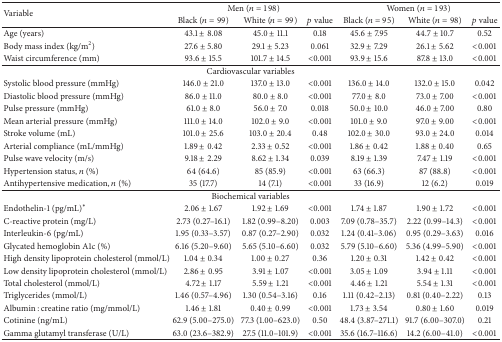
<table><thead><tr><td rowspan="2"><b>Variable</b></td><td colspan="3"><b>Men (<i>n</i> = 198)</b></td><td colspan="3"><b>Women (<i>n</i> = 193)</b></td></tr><tr><td><b>Black (<i>n</i> = 99)</b></td><td><b>White (<i>n</i> = 99)</b></td><td><b><i>p</i> value</b></td><td><b>Black (<i>n</i> = 95)</b></td><td><b>White (<i>n</i> = 98)</b></td><td><b><i>p</i> value</b></td></tr></thead><tbody><tr><td>Age (years)</td><td>43.1 ± 8.08</td><td>45.0 ± 11.1</td><td>0.18</td><td>45.6 ± 7.95</td><td>44.7 ± 10.7</td><td>0.52</td></tr><tr><td>Body mass index (kg/m<sup>2</sup>)</td><td>27.6 ± 5.80</td><td>29.1 ± 5.23</td><td>0.061</td><td>32.9 ± 7.29</td><td>26.1 ± 5.62</td><td>&lt;0.001</td></tr><tr><td>Waist circumference (mm)</td><td>93.6 ± 15.5</td><td>101.7 ± 14.5</td><td>&lt;0.001</td><td>93.9 ± 15.6</td><td>87.8 ± 13.0</td><td>&lt;0.001</td></tr><tr><td colspan="7">Cardiovascular variables</td></tr><tr><td>Systolic blood pressure (mmHg)</td><td>146.0 ± 21.0</td><td>137.0 ± 13.0</td><td>&lt;0.001</td><td>136.0 ± 14.0</td><td>132.0 ± 15.0</td><td>0.042</td></tr><tr><td>Diastolic blood pressure (mmHg)</td><td>86.0 ± 11.0</td><td>80.0 ± 8.0</td><td>&lt;0.001</td><td>77.0 ± 8.0</td><td>73.0 ± 7.00</td><td>&lt;0.001</td></tr><tr><td>Pulse pressure (mmHg)</td><td>61.0 ± 8.0</td><td>56.0 ± 7.0</td><td>0.018</td><td>50.0 ± 10.0</td><td>46.0 ± 7.00</td><td>0.80</td></tr><tr><td>Mean arterial pressure (mmHg)</td><td>111.0 ± 14.0</td><td>102.0 ± 9.0</td><td>&lt;0.001</td><td>101.0 ± 9.0</td><td>97.0 ± 9.00</td><td>&lt;0.001</td></tr><tr><td>Stroke volume (mL)</td><td>101.0 ± 25.6</td><td>103.0 ± 20.4</td><td>0.48</td><td>102.0 ± 30.0</td><td>93.0 ± 24.0</td><td>0.014</td></tr><tr><td>Arterial compliance (mL/mmHg)</td><td>1.89 ± 0.42</td><td>2.33 ± 0.52</td><td>&lt;0.001</td><td>1.86 ± 0.42</td><td>1.88 ± 0.40</td><td>0.65</td></tr><tr><td>Pulse wave velocity (m/s)</td><td>9.18 ± 2.29</td><td>8.62 ± 1.34</td><td>0.039</td><td>8.19 ± 1.39</td><td>7.47 ± 1.19</td><td>&lt;0.001</td></tr><tr><td>Hypertension status, <i>n</i> (%)</td><td>64 (64.6)</td><td>85 (85.9)</td><td>&lt;0.001</td><td>63 (66.3)</td><td>87 (88.8)</td><td>&lt;0.001</td></tr><tr><td>Antihypertensive medication, <i>n</i> (%)</td><td>35 (17.7)</td><td>14 (7.1)</td><td>&lt;0.001</td><td>33 (16.9)</td><td>12 (6.2)</td><td>0.019</td></tr><tr><td colspan="7">Biochemical variables</td></tr><tr><td>Endothelin-1 (pg/mL)<sup><i>∗</i></sup></td><td>2.06 ± 1.67</td><td>1.92 ± 1.69</td><td>&lt;0.001</td><td>1.74 ± 1.87</td><td>1.90 ± 1.72</td><td>&lt;0.001</td></tr><tr><td>C-reactive protein (mg/L)</td><td>2.73 (0.27–16.1)</td><td>1.82 (0.99–8.20)</td><td>0.003</td><td>7.09 (0.78–35.7)</td><td>2.22 (0.99–14.3)</td><td>&lt;0.001</td></tr><tr><td>Interleukin-6 (pg/mL)</td><td>1.95 (0.33–3.57)</td><td>0.87 (0.27–2.90)</td><td>0.032</td><td>1.24 (0.41–3.06)</td><td>0.95 (0.29–3.63)</td><td>0.016</td></tr><tr><td>Glycated hemoglobin A1c (%)</td><td>6.16 (5.20–9.60)</td><td>5.65 (5.10–6.60)</td><td>0.032</td><td>5.79 (5.10–6.60)</td><td>5.36 (4.99–5.90)</td><td>&lt;0.001</td></tr><tr><td>High density lipoprotein cholesterol (mmol/L)</td><td>1.04 ± 0.34</td><td>1.00 ± 0.27</td><td>0.36</td><td>1.20 ± 0.31</td><td>1.42 ± 0.42</td><td>&lt;0.001</td></tr><tr><td>Low density lipoprotein cholesterol (mmol/L)</td><td>2.86 ± 0.95</td><td>3.91 ± 1.07</td><td>&lt;0.001</td><td>3.05 ± 1.09</td><td>3.94 ± 1.11</td><td>&lt;0.001</td></tr><tr><td>Total cholesterol (mmol/L)</td><td>4.72 ± 1.17</td><td>5.59 ± 1.21</td><td>&lt;0.001</td><td>4.46 ± 1.21</td><td>5.54 ± 1.31</td><td>&lt;0.001</td></tr><tr><td>Triglycerides (mmol/L)</td><td>1.46 (0.57–4.96)</td><td>1.30 (0.54–3.16)</td><td>0.16</td><td>1.11 (0.42–2.13)</td><td>0.81 (0.40–2.22)</td><td>0.13</td></tr><tr><td>Albumin : creatine ratio (mg/mmol/L)</td><td>1.46 ± 1.81</td><td>0.40 ± 0.99</td><td>&lt;0.001</td><td>1.73 ± 3.54</td><td>0.80 ± 1.60</td><td>0.019</td></tr><tr><td>Cotinine (ng/mL)</td><td>62.9 (5.00–275.0)</td><td>77.3 (1.00–623.0)</td><td>0.50</td><td>48.4 (3.87–271.1)</td><td>91.7 (6.00–307.0)</td><td>0.21</td></tr><tr><td>Gamma glutamyl transferase (U/L)</td><td>63.0 (23.6–382.9)</td><td>27.5 (11.0–101.9)</td><td>&lt;0.001</td><td>35.6 (16.7–116.6)</td><td>14.2 (6.00–41.0)</td><td>&lt;0.001</td></tr></tbody></table>